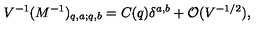
V ^ { - 1 } ( M ^ { - 1 } ) _ { q , a ; q , b } = C ( q ) \delta ^ { a , b } + { \cal O } ( V ^ { - 1 / 2 } ) \mathrm { , }